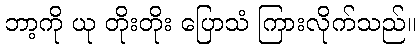
ဘာ့ကို ယု တိုးတိုး ပြောသံ ကြားလိုက်သည်။